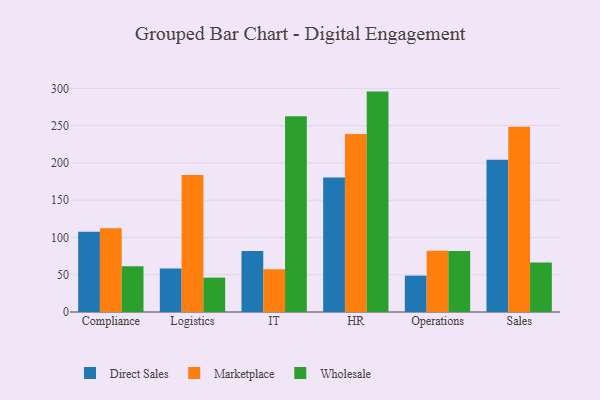
{"axis": {"x": "Department", "y": "Churn Rate (%)"}, "legend": ["Direct Sales", "Marketplace", "Wholesale"], "data": [{"x": "Compliance", "y": 107.6, "type": "Direct Sales"}, {"x": "Compliance", "y": 112.4, "type": "Marketplace"}, {"x": "Compliance", "y": 61.4, "type": "Wholesale"}, {"x": "Logistics", "y": 58.2, "type": "Direct Sales"}, {"x": "Logistics", "y": 183.9, "type": "Marketplace"}, {"x": "Logistics", "y": 46.1, "type": "Wholesale"}, {"x": "IT", "y": 81.7, "type": "Direct Sales"}, {"x": "IT", "y": 57.5, "type": "Marketplace"}, {"x": "IT", "y": 262.5, "type": "Wholesale"}, {"x": "HR", "y": 180.3, "type": "Direct Sales"}, {"x": "HR", "y": 238.9, "type": "Marketplace"}, {"x": "HR", "y": 295.7, "type": "Wholesale"}, {"x": "Operations", "y": 48.8, "type": "Direct Sales"}, {"x": "Operations", "y": 82.1, "type": "Marketplace"}, {"x": "Operations", "y": 81.9, "type": "Wholesale"}, {"x": "Sales", "y": 204.3, "type": "Direct Sales"}, {"x": "Sales", "y": 248.4, "type": "Marketplace"}, {"x": "Sales", "y": 66.5, "type": "Wholesale"}]}